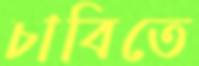
চাবিতে